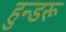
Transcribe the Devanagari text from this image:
हुन्डरू